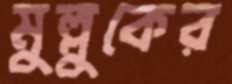
মুল্লুকের